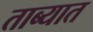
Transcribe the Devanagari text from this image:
ताब्‍यात